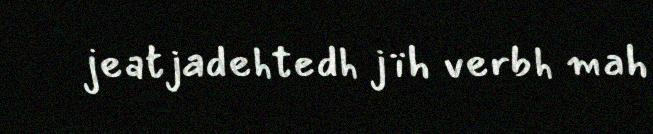
jeatjadehtedh jïh verbh mah